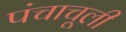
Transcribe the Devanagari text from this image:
पंचाचूली